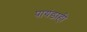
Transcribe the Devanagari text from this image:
पायंडाही